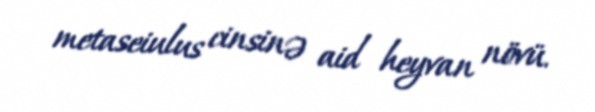
metaseiulus cinsinə aid heyvan növü.